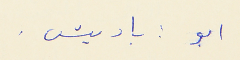
ابو : باديش .